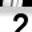
Digit: 2